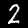
Label: 2